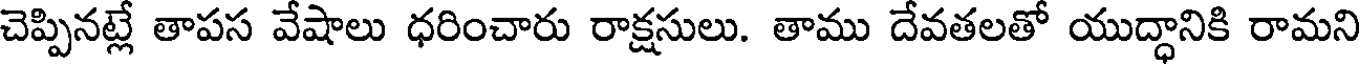
చెప్పినట్లే తాపస వేషాలు ధరించారు రాక్షసులు. తాము దేవతలతో యుద్ధానికి రామని